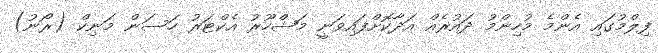
ފިލްމުގައި އެންމެ މުހިންމު ދައުރެއް އަދާކޮށްފައިވަނީ މަޝްހޫރު އެކްޓަރު ހަސަން މަނިކް (ރޯނު)